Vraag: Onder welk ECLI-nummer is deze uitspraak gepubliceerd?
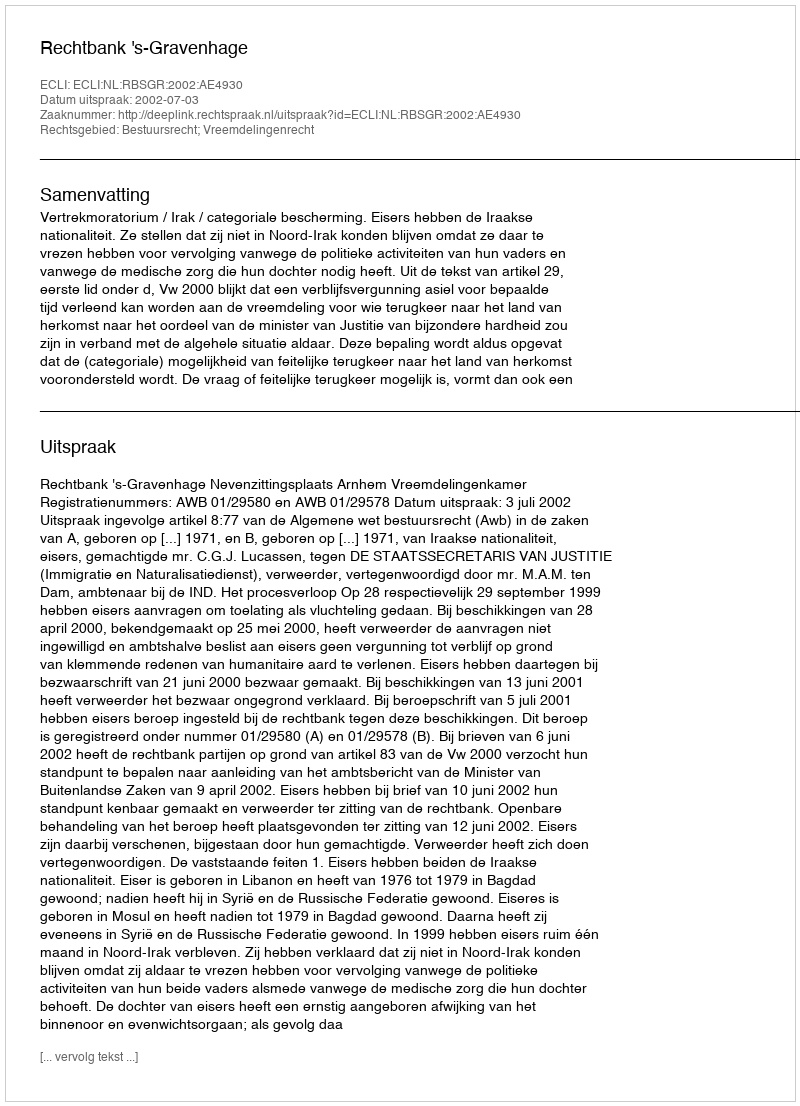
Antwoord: ECLI:NL:RBSGR:2002:AE4930